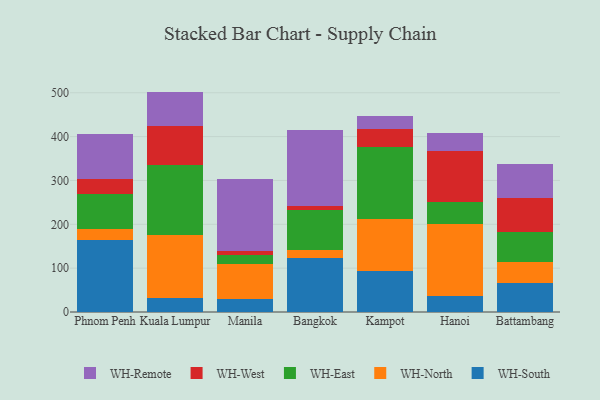
{"axis": {"x": "City", "y": "Energy Usage (MWh)"}, "legend": ["WH-East", "WH-North", "WH-Remote", "WH-South", "WH-West"], "data": [{"x": "Phnom Penh", "y": 164.0, "type": "WH-South"}, {"x": "Phnom Penh", "y": 24.8, "type": "WH-North"}, {"x": "Phnom Penh", "y": 80.3, "type": "WH-East"}, {"x": "Phnom Penh", "y": 34.5, "type": "WH-West"}, {"x": "Phnom Penh", "y": 102.1, "type": "WH-Remote"}, {"x": "Kuala Lumpur", "y": 32.6, "type": "WH-South"}, {"x": "Kuala Lumpur", "y": 143.9, "type": "WH-North"}, {"x": "Kuala Lumpur", "y": 158.5, "type": "WH-East"}, {"x": "Kuala Lumpur", "y": 89.6, "type": "WH-West"}, {"x": "Kuala Lumpur", "y": 78.0, "type": "WH-Remote"}, {"x": "Manila", "y": 29.4, "type": "WH-South"}, {"x": "Manila", "y": 81.2, "type": "WH-North"}, {"x": "Manila", "y": 18.9, "type": "WH-East"}, {"x": "Manila", "y": 9.5, "type": "WH-West"}, {"x": "Manila", "y": 164.2, "type": "WH-Remote"}, {"x": "Bangkok", "y": 122.5, "type": "WH-South"}, {"x": "Bangkok", "y": 19.6, "type": "WH-North"}, {"x": "Bangkok", "y": 89.9, "type": "WH-East"}, {"x": "Bangkok", "y": 10.2, "type": "WH-West"}, {"x": "Bangkok", "y": 172.4, "type": "WH-Remote"}, {"x": "Kampot", "y": 92.7, "type": "WH-South"}, {"x": "Kampot", "y": 120.3, "type": "WH-North"}, {"x": "Kampot", "y": 162.6, "type": "WH-East"}, {"x": "Kampot", "y": 41.7, "type": "WH-West"}, {"x": "Kampot", "y": 28.7, "type": "WH-Remote"}, {"x": "Hanoi", "y": 36.1, "type": "WH-South"}, {"x": "Hanoi", "y": 165.4, "type": "WH-North"}, {"x": "Hanoi", "y": 48.4, "type": "WH-East"}, {"x": "Hanoi", "y": 117.2, "type": "WH-West"}, {"x": "Hanoi", "y": 41.3, "type": "WH-Remote"}, {"x": "Battambang", "y": 67.2, "type": "WH-South"}, {"x": "Battambang", "y": 46.6, "type": "WH-North"}, {"x": "Battambang", "y": 67.6, "type": "WH-East"}, {"x": "Battambang", "y": 77.6, "type": "WH-West"}, {"x": "Battambang", "y": 77.5, "type": "WH-Remote"}]}